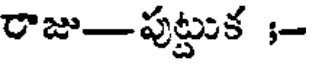
రాజు-పుట్టుక ;-